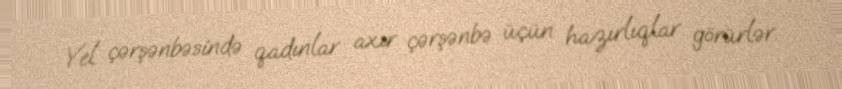
Yel çərşənbəsində qadınlar axır çərşənbə üçün hazırlıqlar görürlər.